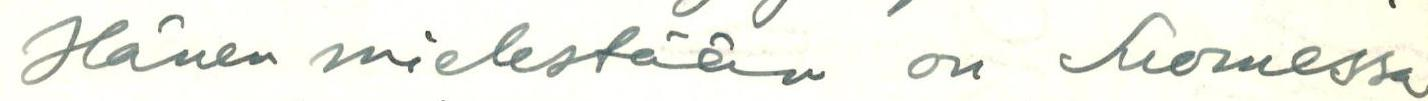
Hänen mielestään on Suomessa